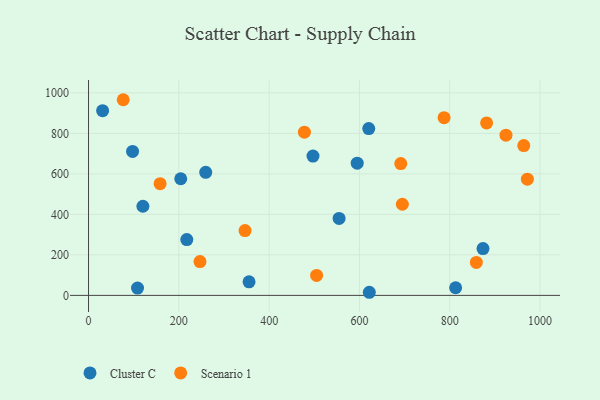
{"axis": {"x": "Speed", "y": "Yield"}, "legend": ["Cluster C", "Scenario 1"], "data": [{"x": "621.8", "y": 15.4, "type": "Cluster C"}, {"x": "620.6", "y": 823.7, "type": "Cluster C"}, {"x": "497.1", "y": 687.9, "type": "Cluster C"}, {"x": "204.2", "y": 576.1, "type": "Cluster C"}, {"x": "554.9", "y": 380.2, "type": "Cluster C"}, {"x": "120.4", "y": 440.2, "type": "Cluster C"}, {"x": "355.5", "y": 67.1, "type": "Cluster C"}, {"x": "259.5", "y": 607.6, "type": "Cluster C"}, {"x": "217.6", "y": 275.7, "type": "Cluster C"}, {"x": "31.2", "y": 912.2, "type": "Cluster C"}, {"x": "108.5", "y": 35.9, "type": "Cluster C"}, {"x": "595.0", "y": 653.1, "type": "Cluster C"}, {"x": "97.5", "y": 711.1, "type": "Cluster C"}, {"x": "873.6", "y": 231.3, "type": "Cluster C"}, {"x": "813.0", "y": 37.8, "type": "Cluster C"}, {"x": "924.5", "y": 791.3, "type": "Scenario 1"}, {"x": "76.8", "y": 966.2, "type": "Scenario 1"}, {"x": "971.9", "y": 573.7, "type": "Scenario 1"}, {"x": "858.9", "y": 162.6, "type": "Scenario 1"}, {"x": "963.9", "y": 739.8, "type": "Scenario 1"}, {"x": "695.0", "y": 450.0, "type": "Scenario 1"}, {"x": "881.6", "y": 851.5, "type": "Scenario 1"}, {"x": "691.5", "y": 651.1, "type": "Scenario 1"}, {"x": "346.6", "y": 319.9, "type": "Scenario 1"}, {"x": "158.5", "y": 551.6, "type": "Scenario 1"}, {"x": "505.1", "y": 98.6, "type": "Scenario 1"}, {"x": "787.4", "y": 877.7, "type": "Scenario 1"}, {"x": "478.1", "y": 806.2, "type": "Scenario 1"}, {"x": "246.8", "y": 166.9, "type": "Scenario 1"}]}